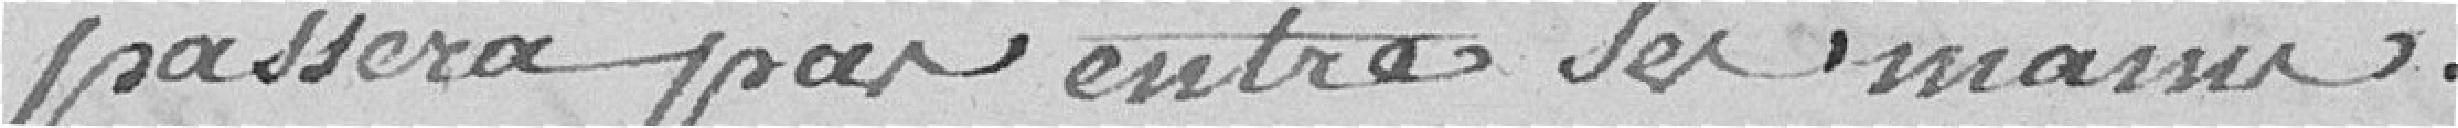
passa pas entre ses mains.